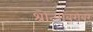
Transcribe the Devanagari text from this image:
श्रोत्यांबरोबर